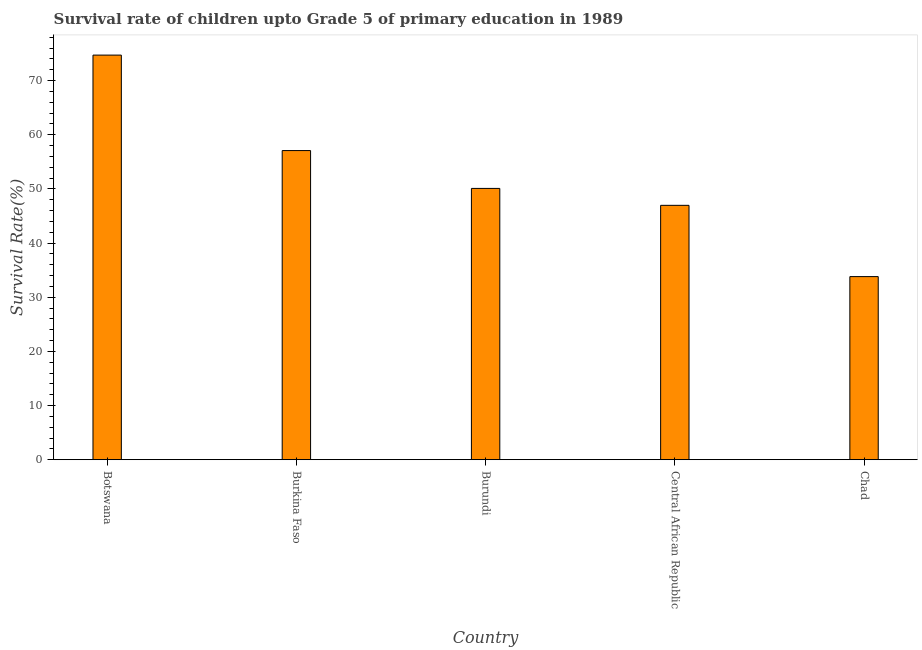
| Country | Survival rate |
 | --- | --- |
 | Botswana | 74.7 |
 | Burkina Faso | 57.1 |
 | Burundi | 50.1 |
 | Central African Republic | 47 |
 | Chad | 33.8 |